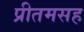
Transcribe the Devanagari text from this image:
प्रीतमसह